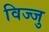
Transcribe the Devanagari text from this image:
विज्जु